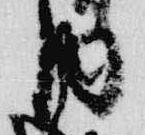
内